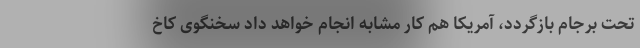
تحت برجام بازگردد، آمریکا هم کار مشابه انجام خواهد داد سخنگوی کاخ